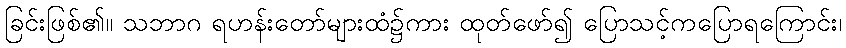
ခြင်းဖြစ်၏။ သဘာဂ ရဟန်းတော်များထံ၌ကား ထုတ်ဖော်၍ ပြောသင့်ကပြောရကြောင်း၊